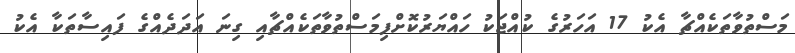
މަސްތުވާތަކެއްޗާ އެކު 17 އަހަރުގެ ކުއްޖަކު ހައްޔަރުކޮށްފިމަސްތުވާތަކެއްޗާއި ގިނަ އަދަދެއްގެ ފައިސާތަކާ އެކު